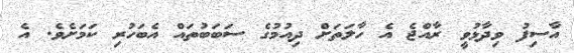
އާސިފު ވިދާޅުވީ ރާއްޖެ އެ ހާލަތަށް ދިއުމުގެ ސަބަބުތައް އެބަހުރި ކަމަށެވެ. އެ